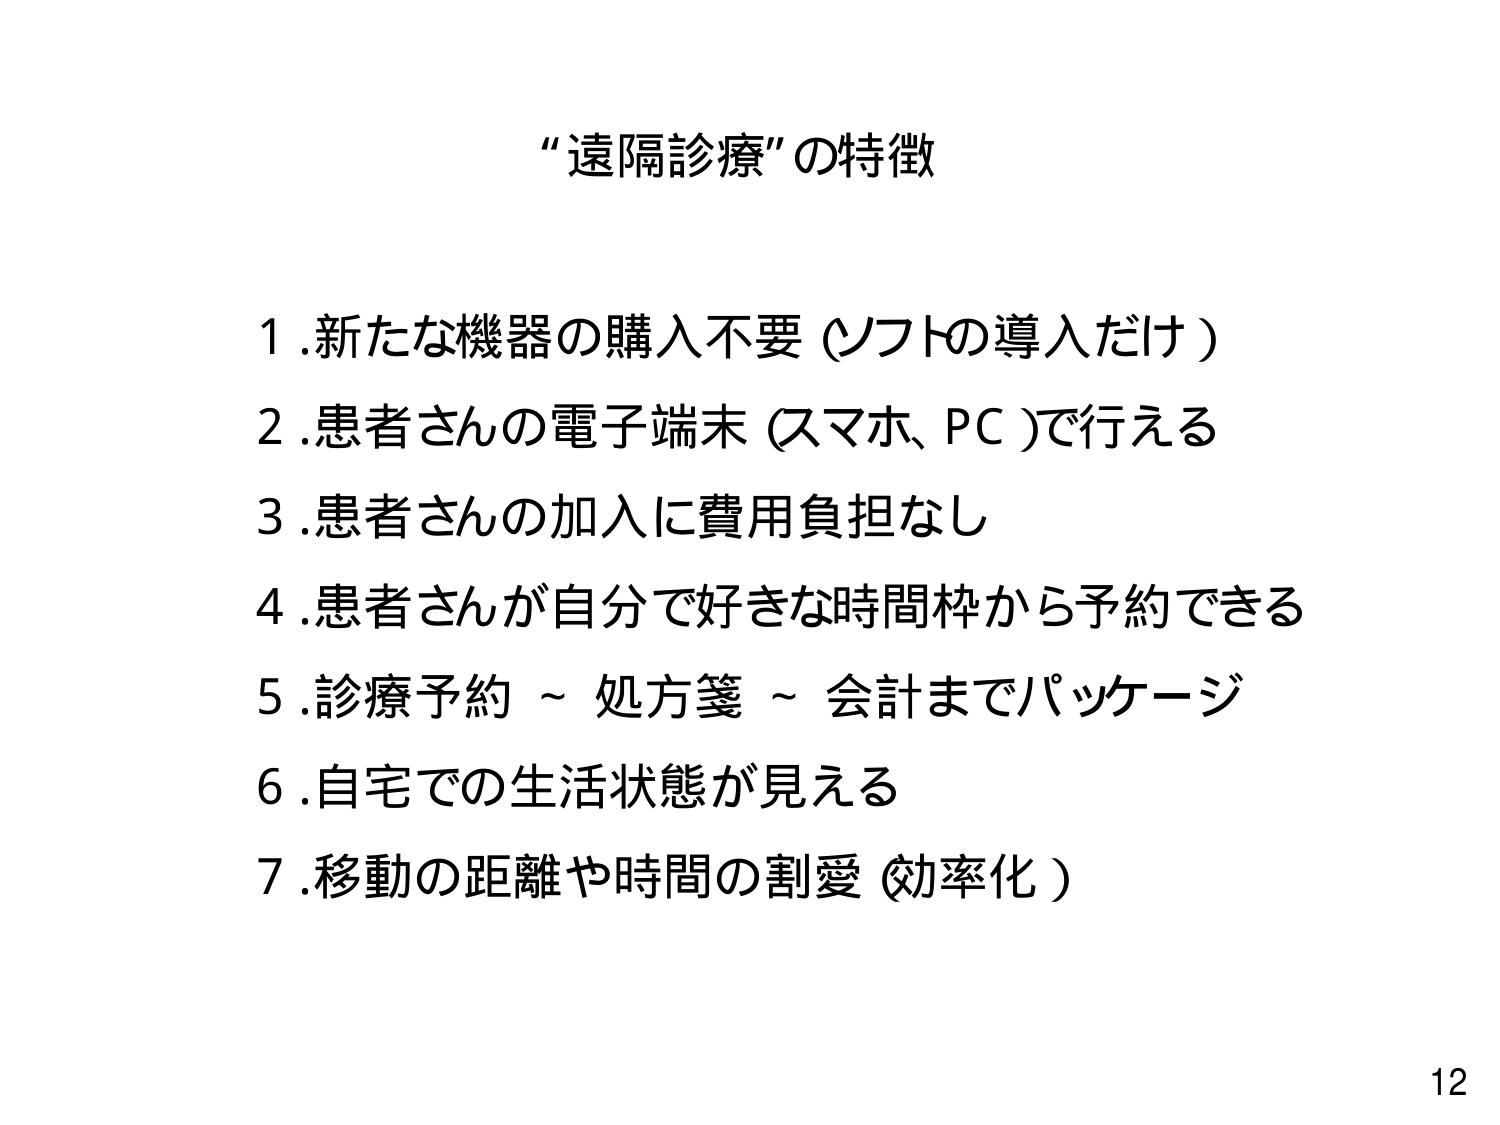
“遠隔診療” の特徴

1. 新たな機器の購入不要（ソフトの導入だけ）
2. 患者さんの電子端末（スマホ、PC）で行える
3. 患者さんの加入に費用負担なし
4. 患者さんが自分で好きな時間枠から予約できる
5. 診療予約～処方箋～会計までパッケージ
6. 自宅での生活状態が見える
7. 移動の距離や時間の割愛（効率化）

12